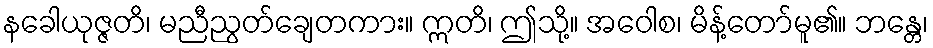
နခေါယုဇ္ဇတိ၊ မညီညွတ်ချေတကား။ ဣတိ၊ ဤသို့။ အဝေါစ၊ မိန့်တော်မူ၏။ ဘန္တေ၊